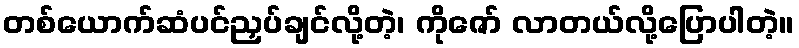
တစ်ယောက်ဆံပင်ညှပ်ချင်လို့တဲ့၊ ကိုဇော် လာတယ်လို့ပြောပါတဲ့။